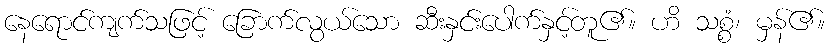
နေရောင်ကျက်သဖြင့် ခြောက်လွယ်သော ဆီးနှင်းပေါက်နှင့်တူ၏။ ဟိ သစ္စံ၊ မှန်၏။